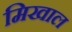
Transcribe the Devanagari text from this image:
मिखाल